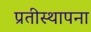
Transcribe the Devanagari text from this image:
प्रतीस्थापना